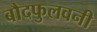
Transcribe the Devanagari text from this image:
बौदफुलवनी